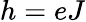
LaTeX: h=eJ